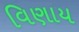
વિણાય